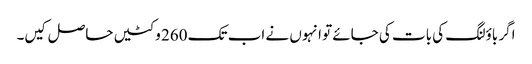
اگر باؤلنگ کی بات کی جائے تو انہوں نے اب تک 260 وکٹیں حاصل کیں۔